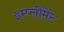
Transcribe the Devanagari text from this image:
इम्प्लीमेंट